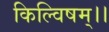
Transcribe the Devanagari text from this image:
किल्विषम्।।